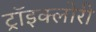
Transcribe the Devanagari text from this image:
ट्रॉइक्लोरी